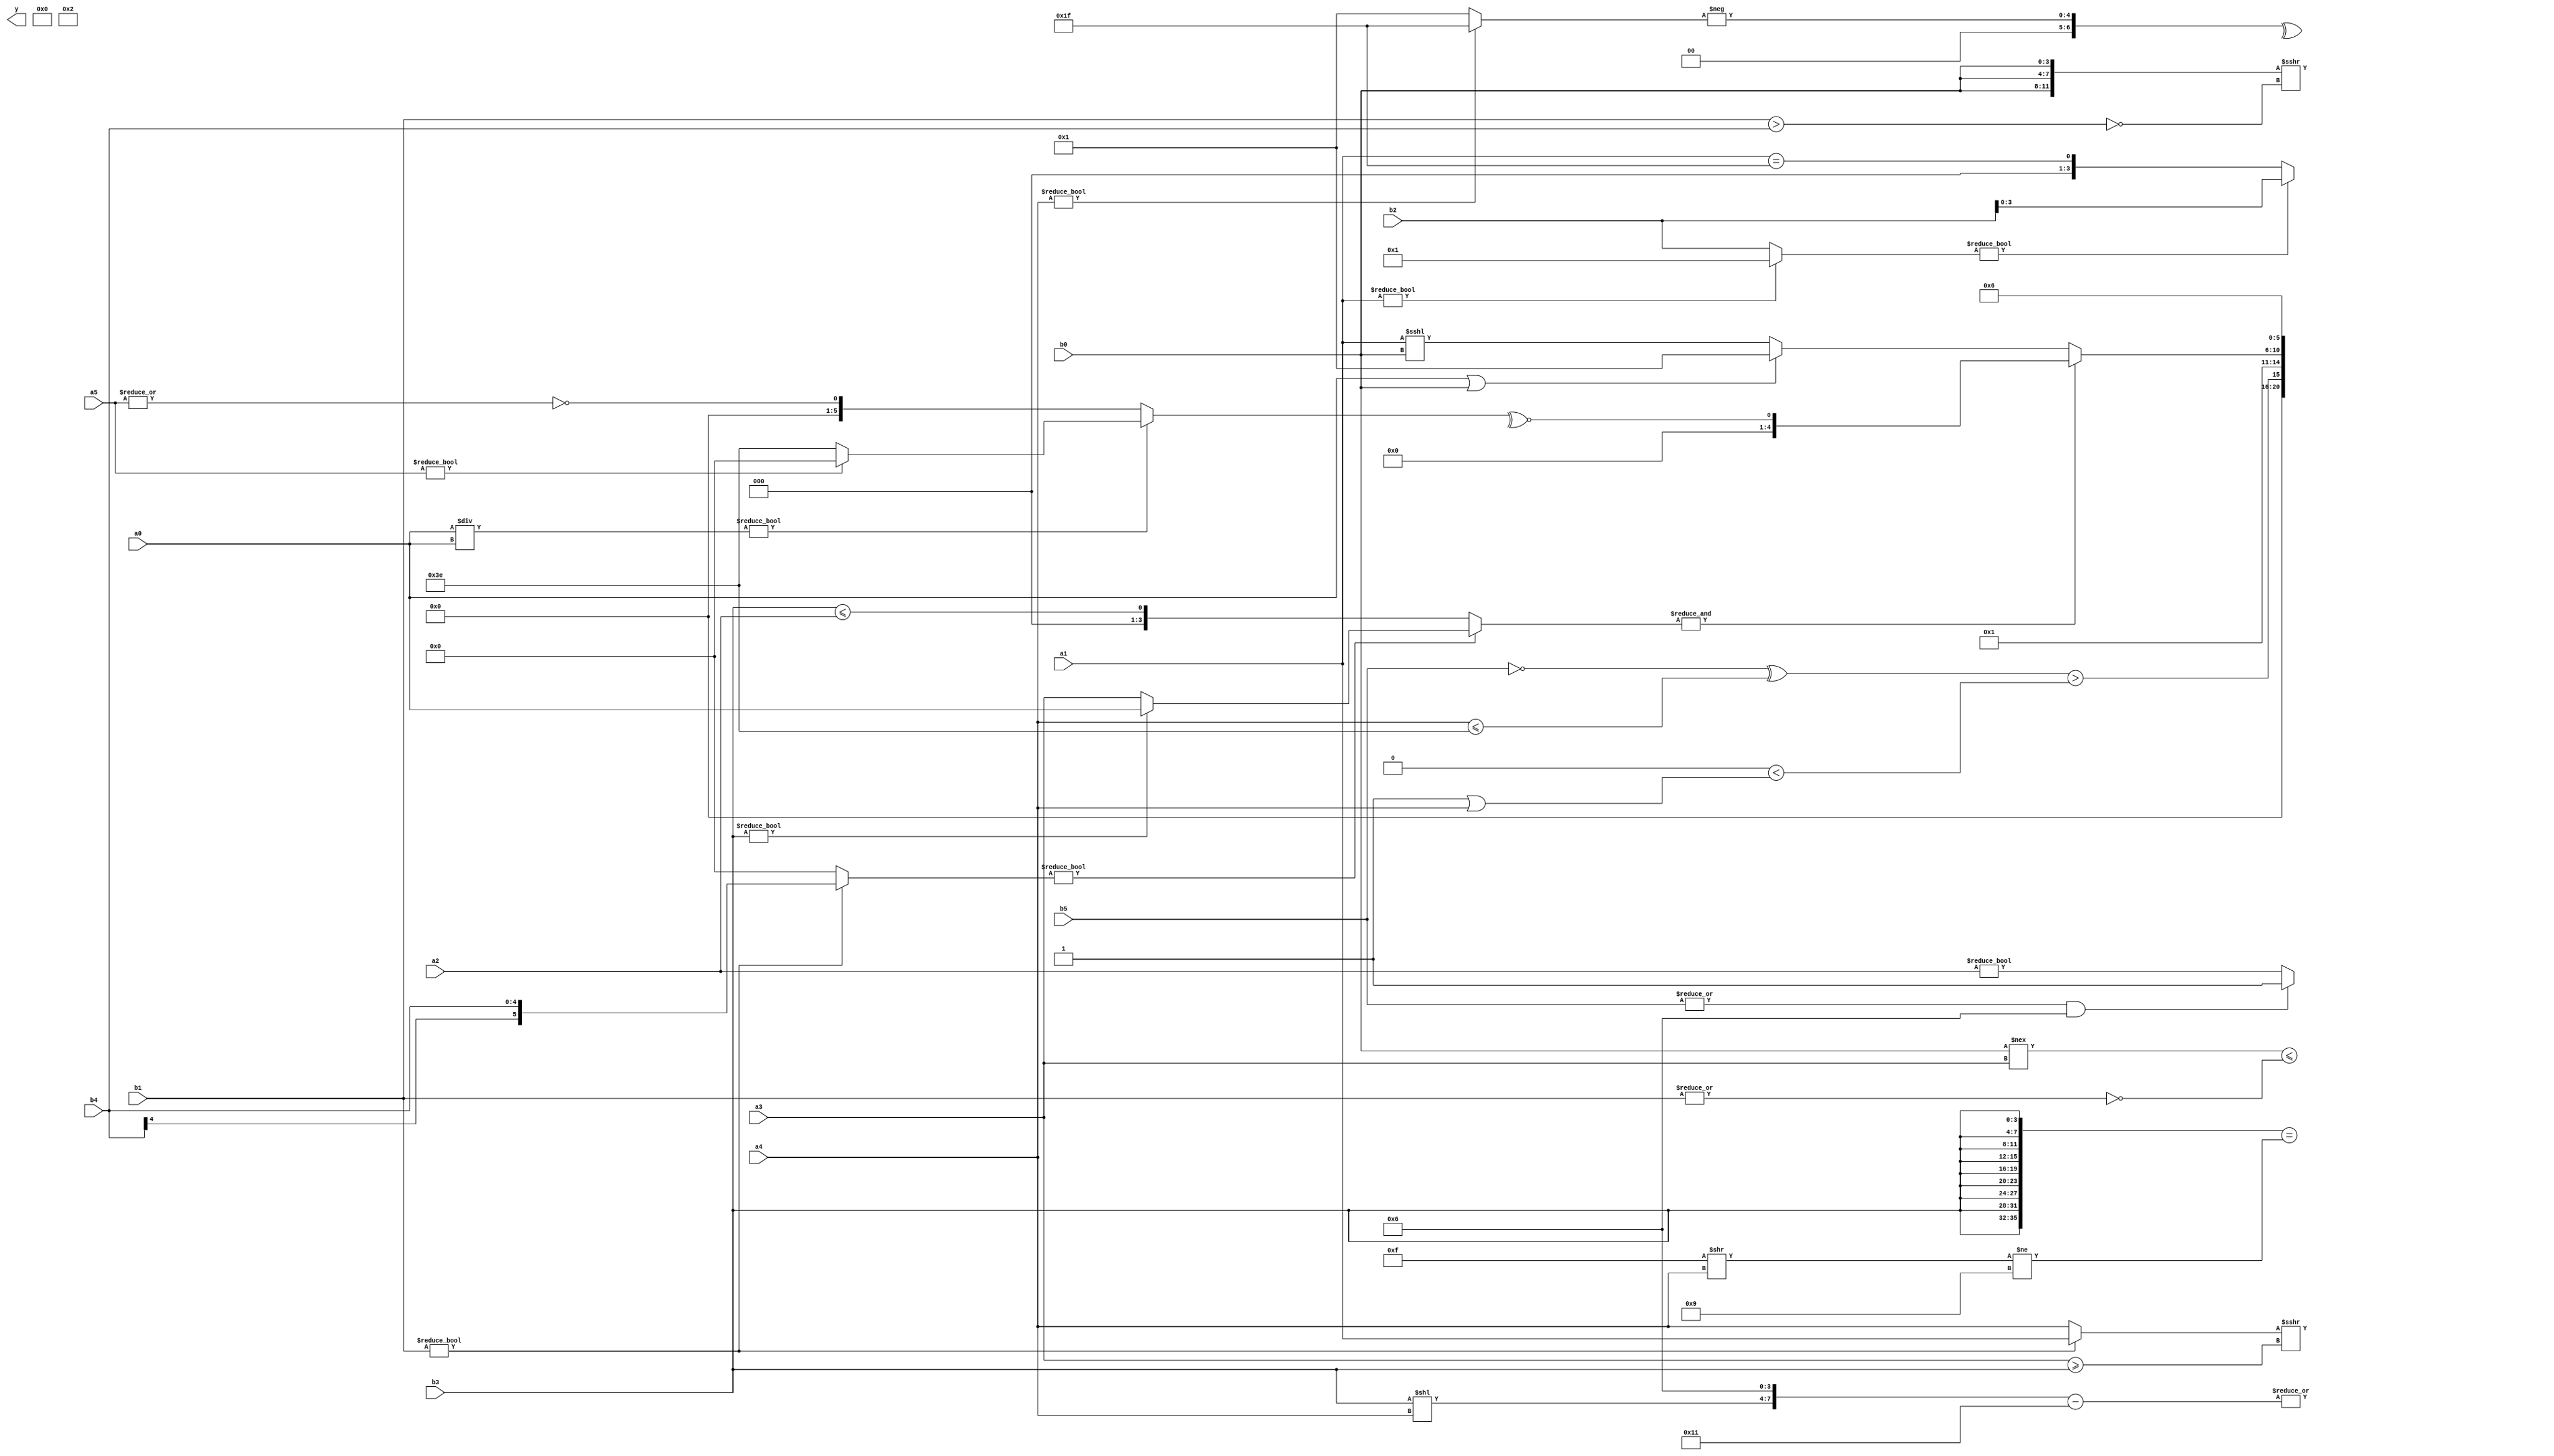
module expression_00425(a0, a1, a2, a3, a4, a5, b0, b1, b2, b3, b4, b5, y);
  input [3:0] a0;
  input [4:0] a1;
  input [5:0] a2;
  input signed [3:0] a3;
  input signed [4:0] a4;
  input signed [5:0] a5;

  input [3:0] b0;
  input [4:0] b1;
  input [5:0] b2;
  input signed [3:0] b3;
  input signed [4:0] b4;
  input signed [5:0] b5;

  wire [3:0] y0;
  wire [4:0] y1;
  wire [5:0] y2;
  wire signed [3:0] y3;
  wire signed [4:0] y4;
  wire signed [5:0] y5;
  wire [3:0] y6;
  wire [4:0] y7;
  wire [5:0] y8;
  wire signed [3:0] y9;
  wire signed [4:0] y10;
  wire signed [5:0] y11;
  wire [3:0] y12;
  wire [4:0] y13;
  wire [5:0] y14;
  wire signed [3:0] y15;
  wire signed [4:0] y16;
  wire signed [5:0] y17;

  output [89:0] y;
  assign y = {y0,y1,y2,y3,y4,y5,y6,y7,y8,y9,y10,y11,y12,y13,y14,y15,y16,y17};

  localparam [3:0] p0 = ((4'd2 * ((4'd8)!=(4'd1)))?(((3'd3)&&(-5'sd12))*((3'd6)+(5'd0))):(((5'd10)/(3'sd0))==((3'sd1)/(2'd2))));
  localparam [4:0] p1 = (((2'd3)?((5'sd11)?(4'sd6):(2'd2)):(&(2'd2)))<<<(((4'd7)?(5'd11):(3'd4))===((4'sd4)===(-5'sd1))));
  localparam [5:0] p2 = ((|(+{{(4'd11),(4'sd7)},(~^(4'd4))}))>=((^{(3'd1),(5'd1)})&{(2'd1),(5'sd14)}));
  localparam signed [3:0] p3 = (4'd0);
  localparam signed [4:0] p4 = (^(5'd5));
  localparam signed [5:0] p5 = ((&(2'd0))^~(-(5'd18)));
  localparam [3:0] p6 = ((-3'sd1)!=(3'sd2));
  localparam [4:0] p7 = {((5'd7)+(5'sd12)),((4'sd2)+(-3'sd3))};
  localparam [5:0] p8 = (6'd2 * ((2'd2)===(2'd1)));
  localparam signed [3:0] p9 = {({(3'd2),(2'sd1),(2'd3)}>>{(5'sd5),(3'd2)})};
  localparam signed [4:0] p10 = {2{((2'd2)<<<(5'd27))}};
  localparam signed [5:0] p11 = (!(~({((4'd14)<<(2'd3))}&{(2'd0),(-3'sd0),(3'd6)})));
  localparam [3:0] p12 = (~^((~^(4'd9))==(3'd7)));
  localparam [4:0] p13 = ((3'd6)<=(-3'sd1));
  localparam [5:0] p14 = ({4{(5'd25)}}?(~(((5'd3)>(4'd9))===((4'd3)?(2'd0):(4'd7)))):{2{((5'd26)?(4'd4):(2'd3))}});
  localparam signed [3:0] p15 = (~^(~^(3'd7)));
  localparam signed [4:0] p16 = (~&{3{(2'd3)}});
  localparam signed [5:0] p17 = ((((5'sd13)||(5'd7))!=(2'sd1))-(((5'd14)===(4'sd0))>>((2'd1)^(5'd13))));

  assign y0 = ((b1?a1:a4)>>>(a3>=b3));
  assign y1 = (|({(b3<<a4),(4'sd6)}-(5'd17)));
  assign y2 = (6'd2 * (p12-p8));
  assign y3 = ((a1?p15:b2)?({2{b2}}):(a1==p7));
  assign y4 = $unsigned((((p17?b2:p10)?$unsigned({p4}):{1{(p0<<p1)}})=={1{({3{$unsigned($unsigned(p11))}})}}));
  assign y5 = (({3{b0}}>>>(~&(b1>b4))));
  assign y6 = (^{(~|(p12?p7:p17)),(~|{p11,p2}),(-(a4?p7:p15))});
  assign y7 = ((b0!==a3)<=(-(~|b1)));
  assign y8 = {{b5,p14},{2{a1}},{1{(p10>p17)}}};
  assign y9 = {3{{a3,a0,a0}}};
  assign y10 = {1{({3{{3{b3}}}}==(((-2'sd1)>>{a4})!={(4'd9)}))}};
  assign y11 = ((!((|b5)&&{p0}))?(~|(|(a2?p9:p12))):{(p14>p14),(^p14)});
  assign y12 = (+(^(2'sd0)));
  assign y13 = (~|((b3<<p16)/p4));
  assign y14 = (((!b5)^(a4<=p14))>(&((p4<<p17)<(p13|a4))));
  assign y15 = {3{{p5,p7,p12}}};
  assign y16 = ((~&((b1?b4:p11)?(b3?a0:a3):(b3<=a2)))?((a0||b0)?(|p6):(a1<<<b0)):(~^((a0/a0)?(a5?p4:p14):(~|a5))));
  assign y17 = ((6'd2 * (3'd3)));
endmodule